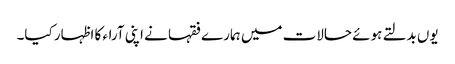
یوں بدلتے ہوئے حالات میں ہمارے فقہا نے اپنی آراء کا اظہار کیا۔